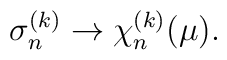
\sigma_n^{(k)} \rightarrow \chi_n^{(k)}(\mu).